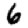
Digit: 6